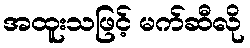
အထူးသဖြင့် မက်ဆီလို